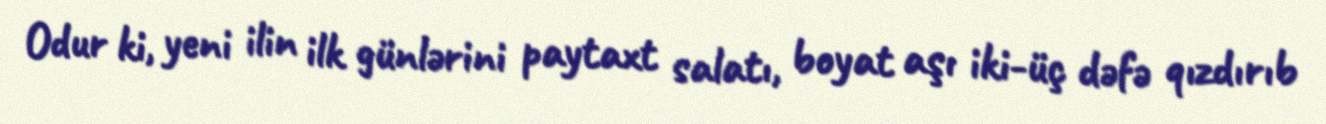
Odur ki, yeni ilin ilk günlərini paytaxt salatı, boyat aşı iki-üç dəfə qızdırıb